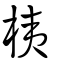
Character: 桋